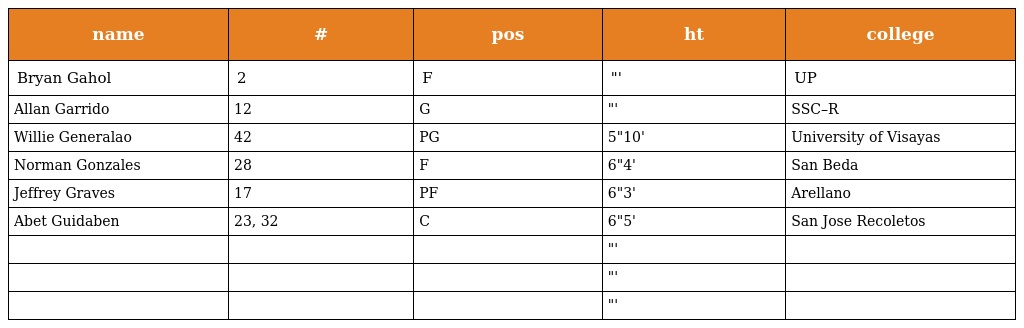
| name | # | pos | ht | college |
 | --- | --- | --- | --- | --- |
 | Bryan Gahol | 2 | F | "' | UP |
 | Allan Garrido | 12 | G | "' | SSC–R |
 | Willie Generalao | 42 | PG | 5"10' | University of Visayas |
 | Norman Gonzales | 28 | F | 6"4' | San Beda |
 | Jeffrey Graves | 17 | PF | 6"3' | Arellano |
 | Abet Guidaben | 23, 32 | C | 6"5' | San Jose Recoletos |
 |  |  |  | "' |  |
 |  |  |  | "' |  |
 |  |  |  | "' |  |